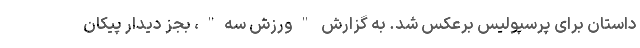
داستان برای پرسپولیس برعکس شد. به گزارش "ورزش سه"، بجز دیدار پیکان